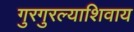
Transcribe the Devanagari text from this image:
गुरगुरल्याशिवाय